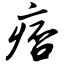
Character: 痞